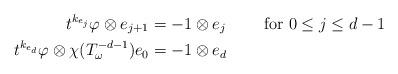
LaTeX: \begin{align*}t^{k_{e_j}}\varphi \otimes e_{j+1}&=-1\otimes e_j\quad\quad\mbox{ for }0\le j\le d-1\\t^{k_{e_d}}\varphi \otimes \chi(T^{-d-1}_{\omega})e_{0}&=-1\otimes e_d\end{align*}